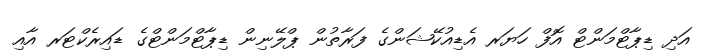
އަދި ޑިޕާޓްމަންޓް އޮފް ހަޔަރ އެޑިއުކޭޝަންގެ ފަރާތުން ޕްލޭނިން ޑިޕާޓްމަންޓްގެ ޑައިރެކްޓަރ އާއި